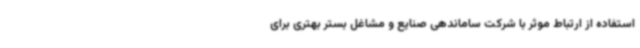
استفاده از ارتباط موثر با شرکت ساماندهی صنایع و مشاغل بستر بهتری برای